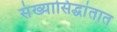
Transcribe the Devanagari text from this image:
संख्यासिद्धांतात